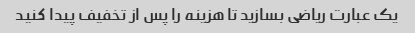
یک عبارت ریاضی بسازید تا هزینه را پس از تخفیف پیدا کنید